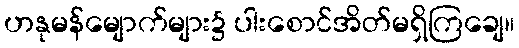
ဟနုမန်မျောက်များ၌ ပါးစောင်အိတ်မရှိကြချေ။